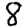
Digit: 8